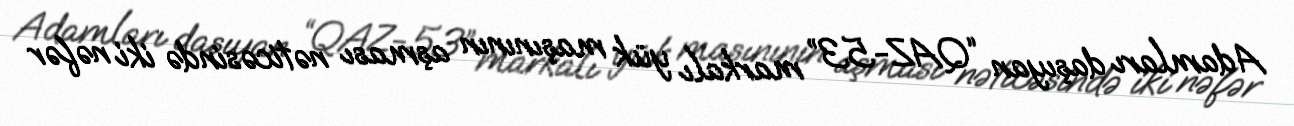
Adamları daşıyan “QAZ-53” markalı yük maşınının aşması nəticəsində iki nəfər